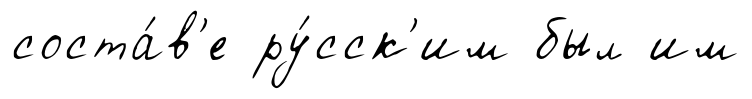
соста́в'е ру́сск'им был им